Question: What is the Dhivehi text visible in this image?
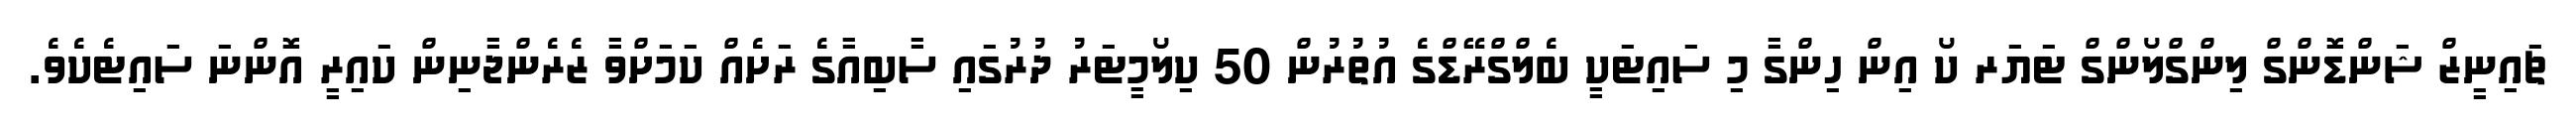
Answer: ޗައިނީޒް ޝަންޑޮންގް ލިންގްލޯންގް ޓަޔަރ ކޯ އިން ހިންގާ މި ސައިޓަކީ ބެލްގްރޭޑްގެ އުތުރުން 50 ކިލޯމީޓަރު ދުރުގައި ސާބިއާގެ ރަށެއް ކަމަށްވާ ޒެރެންޖާނިން ކައިރީ އޮންނަ ސައިޓެކެވެ.